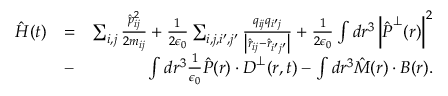
\begin{array} { r l r } { \hat { H } ( t ) } & { = } & { \sum _ { i , j } \frac { \hat { p } _ { i j } ^ { 2 } } { 2 m _ { i j } } + \frac { 1 } { 2 \epsilon _ { 0 } } \sum _ { i , j , i ^ { \prime } , j ^ { \prime } } \frac { q _ { i j } q _ { i ^ { \prime } j } } { \left| \hat { \boldsymbol r } _ { i j } - \hat { \boldsymbol r } _ { i ^ { \prime } j ^ { \prime } } \right| } + \frac { 1 } { 2 \epsilon _ { 0 } } \int d \boldsymbol r ^ { 3 } \left| \hat { \boldsymbol P } ^ { \perp } ( \boldsymbol r ) \right| ^ { 2 } } \\ & { - } & { \int d \boldsymbol r ^ { 3 } \frac { 1 } { \epsilon _ { 0 } } \hat { \boldsymbol P } ( \boldsymbol r ) \cdot { \boldsymbol D } ^ { \perp } ( \boldsymbol r , t ) - \int d \boldsymbol r ^ { 3 } \hat { \boldsymbol M } ( \boldsymbol r ) \cdot { \boldsymbol B } ( \boldsymbol r ) . } \end{array}